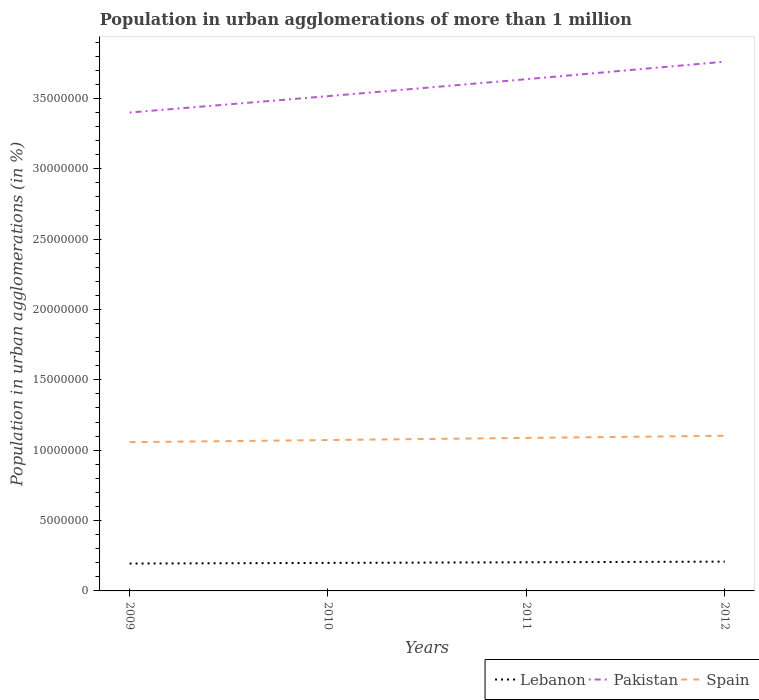
| Years | Lebanon | Pakistan | Spain |
 | --- | --- | --- | --- |
 | 2009 | 1.95e+06 | 3.4e+07 | 1.06e+07 |
 | 2010 | 1.99e+06 | 3.52e+07 | 1.07e+07 |
 | 2011 | 2.04e+06 | 3.64e+07 | 1.09e+07 |
 | 2012 | 2.08e+06 | 3.76e+07 | 1.1e+07 |